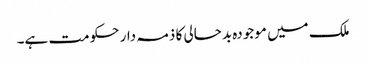
ملک میں موجودہ بدحالی کا ذمہ دار حکومت ہے۔